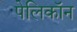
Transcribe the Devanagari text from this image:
पेलिकॉन